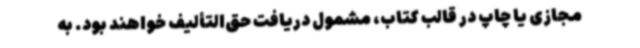
مجازی یا چاپ در قالب کتاب، مشمول دریافت حق‌التألیف خواهند بود. به